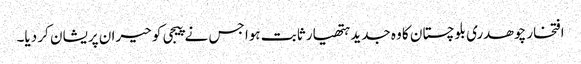
افتخار چوھدری بلوچستان کا وہ جدید ہتھیار ثابت ہوا جس نے پیجی کو حیران پریشان کر دیا۔